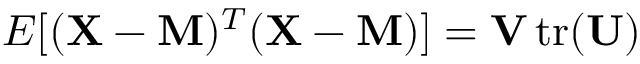
E [ ( \mathbf { X } - \mathbf { M } ) ^ { T } ( \mathbf { X } - \mathbf { M } ) ] = \mathbf { V } \operatorname { t r } ( \mathbf { U } )